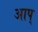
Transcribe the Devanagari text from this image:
आप्